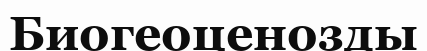
Биогеоценозды